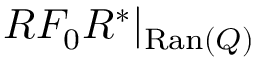
R F _ { 0 } R ^ { * } | _ { \mathrm { R a n } ( Q ) }